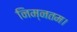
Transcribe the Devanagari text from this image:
निम्नतम।